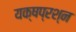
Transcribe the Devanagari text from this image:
यक्षप्रश्न